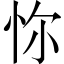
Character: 𢘝